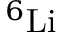
^ { 6 } \mathrm { L i }